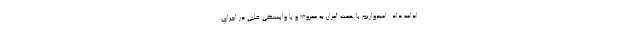
ادامه داد: امیدواریم با همت آمران به معروف و با وابستگی قلبی در اجرای